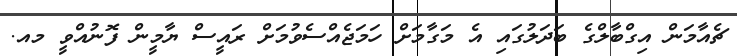
ޗެއާމަން އިގްބާލްގެ ބަދަލުގައި އެ މަގާމަށް ހަމަޖެއްސެވުމަށް ރައީސް ޔާމީން ފޮނުއްވީ މއ.